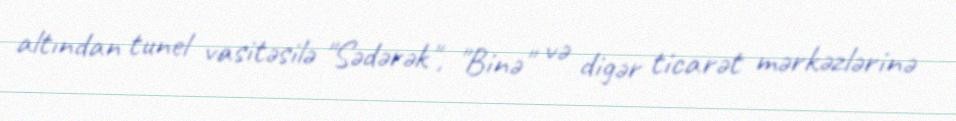
altından tunel vasitəsilə "Sədərək", "Binə" və digər ticarət mərkəzlərinə